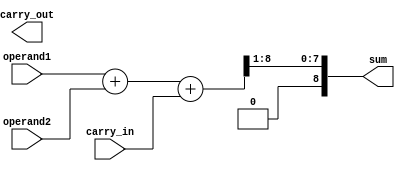
module carry_detect_adder (
    input [7:0] operand1,
    input [7:0] operand2,
    input carry_in,
    output [8:0] sum,
    output carry_out
);

wire [8:0] sum_temp;

assign sum_temp = operand1 + operand2 + carry_in;
assign sum = sum_temp[8:1];
assign carry_out = sum_temp[9];

endmodule